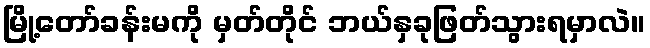
မြို့တော်ခန်းမကို မှတ်တိုင် ဘယ်နှခုဖြတ်သွားရမှာလဲ။